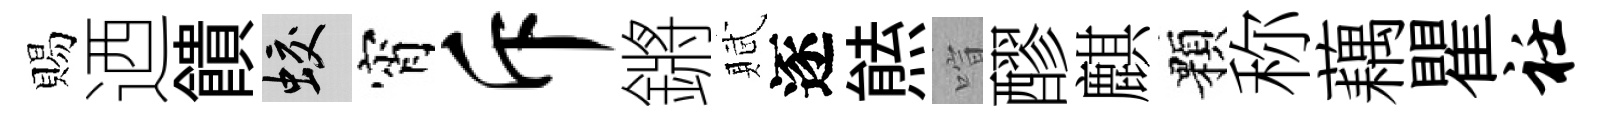
賜迺饋蛟宵斥鏘賦逐㷱喧醪麒顆称藕瞿衽